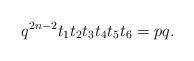
LaTeX: \begin{align*}q^{2n-2}t_1t_2t_3t_4t_5t_6=pq. \end{align*}